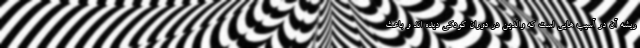
ریشه آن در آسیب هایی است که والدین در دوران کودکی دیده اند و باعث